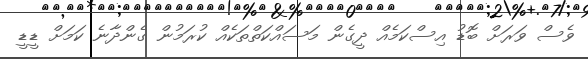
ވެސް ވަރަށް ބޮޑު އިސްކަމެއް ދީގެން މަސައްކަތްތަކެއް ކުރަމުން ގެންދާނެ ކަމަށް ޑީޑީ